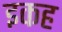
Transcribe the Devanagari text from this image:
इकह